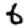
Digit: 6